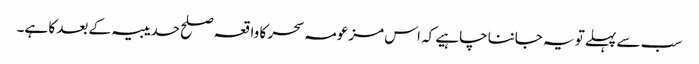
سب سے پہلے تو یہ جاننا چاہیے کہ اس مزعومہ سحر کا واقعہ صلح حدیبیہ کے بعد کا ہے۔